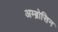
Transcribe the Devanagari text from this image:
अम्ब्रोसिन